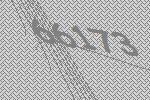
66173